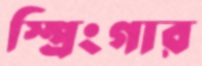
স্প্রিংগার